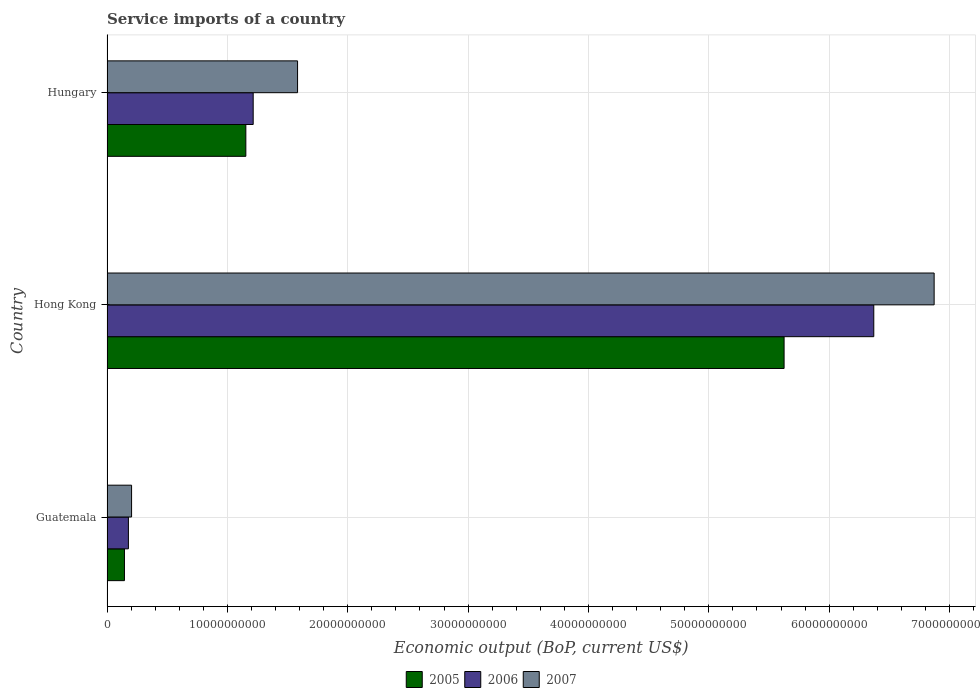
| Country | 2005 | 2006 | 2007 |
 | --- | --- | --- | --- |
 | Guatemala | 1.45e+09 | 1.78e+09 | 2.04e+09 |
 | Hong Kong | 5.63e+10 | 6.37e+10 | 6.87e+10 |
 | Hungary | 1.15e+10 | 1.21e+10 | 1.58e+10 |